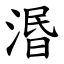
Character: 湣